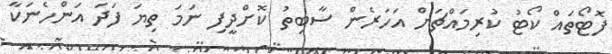
ފޮޓޯތައް ކޯޓު ކުރިމައްޗަށް އަހަރެން ސާބިތު ކޮށްދީފި ނަމަ ތިޔަ ފަދަ އަންހެނަކާ